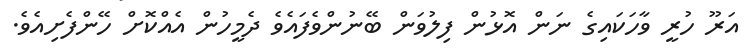
އަރޫ ހުރީ ވާހަކައިގެ ނަން އޮޅުން ފިލުވަން ބޭނުންވެފައެވެ ދެމީހުން އެއްކޮށް ހޭންފެށިއެވެ.